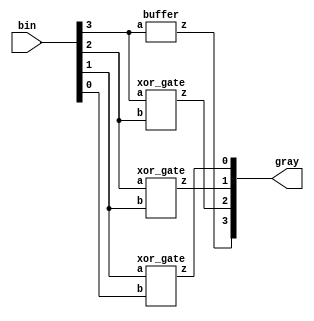
`timescale 1ns / 1ps
//////////////////////////////////////////////////////////////////////////////////
// Company: 
// Engineer: 
// 
// Design Name: 
// Module Name:    binary_to_gray_st 
// Project Name: 
// Target Devices: 
// Tool versions: 
// Description: 
//
// Dependencies: 
//
// Revision: 
// Revision 0.01 - File Created
// Additional Comments: 
//
//////////////////////////////////////////////////////////////////////////////////
module binary_to_gray_st(
    input [3:0] bin,
    output [3:0] gray
    );
buffer b1(bin[3],gray[3]);
xor_gate x1(bin[3],bin[2],gray[2]),
         x2(bin[2],bin[1],gray[1]),
			x3(bin[1],bin[0],gray[0]);
endmodule

module buffer(input a,output z);
assign z=a;
endmodule 

module xor_gate(input a,b,output z);
assign z=a^b;
endmodule